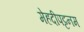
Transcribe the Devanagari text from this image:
मेहदीपट्टनम